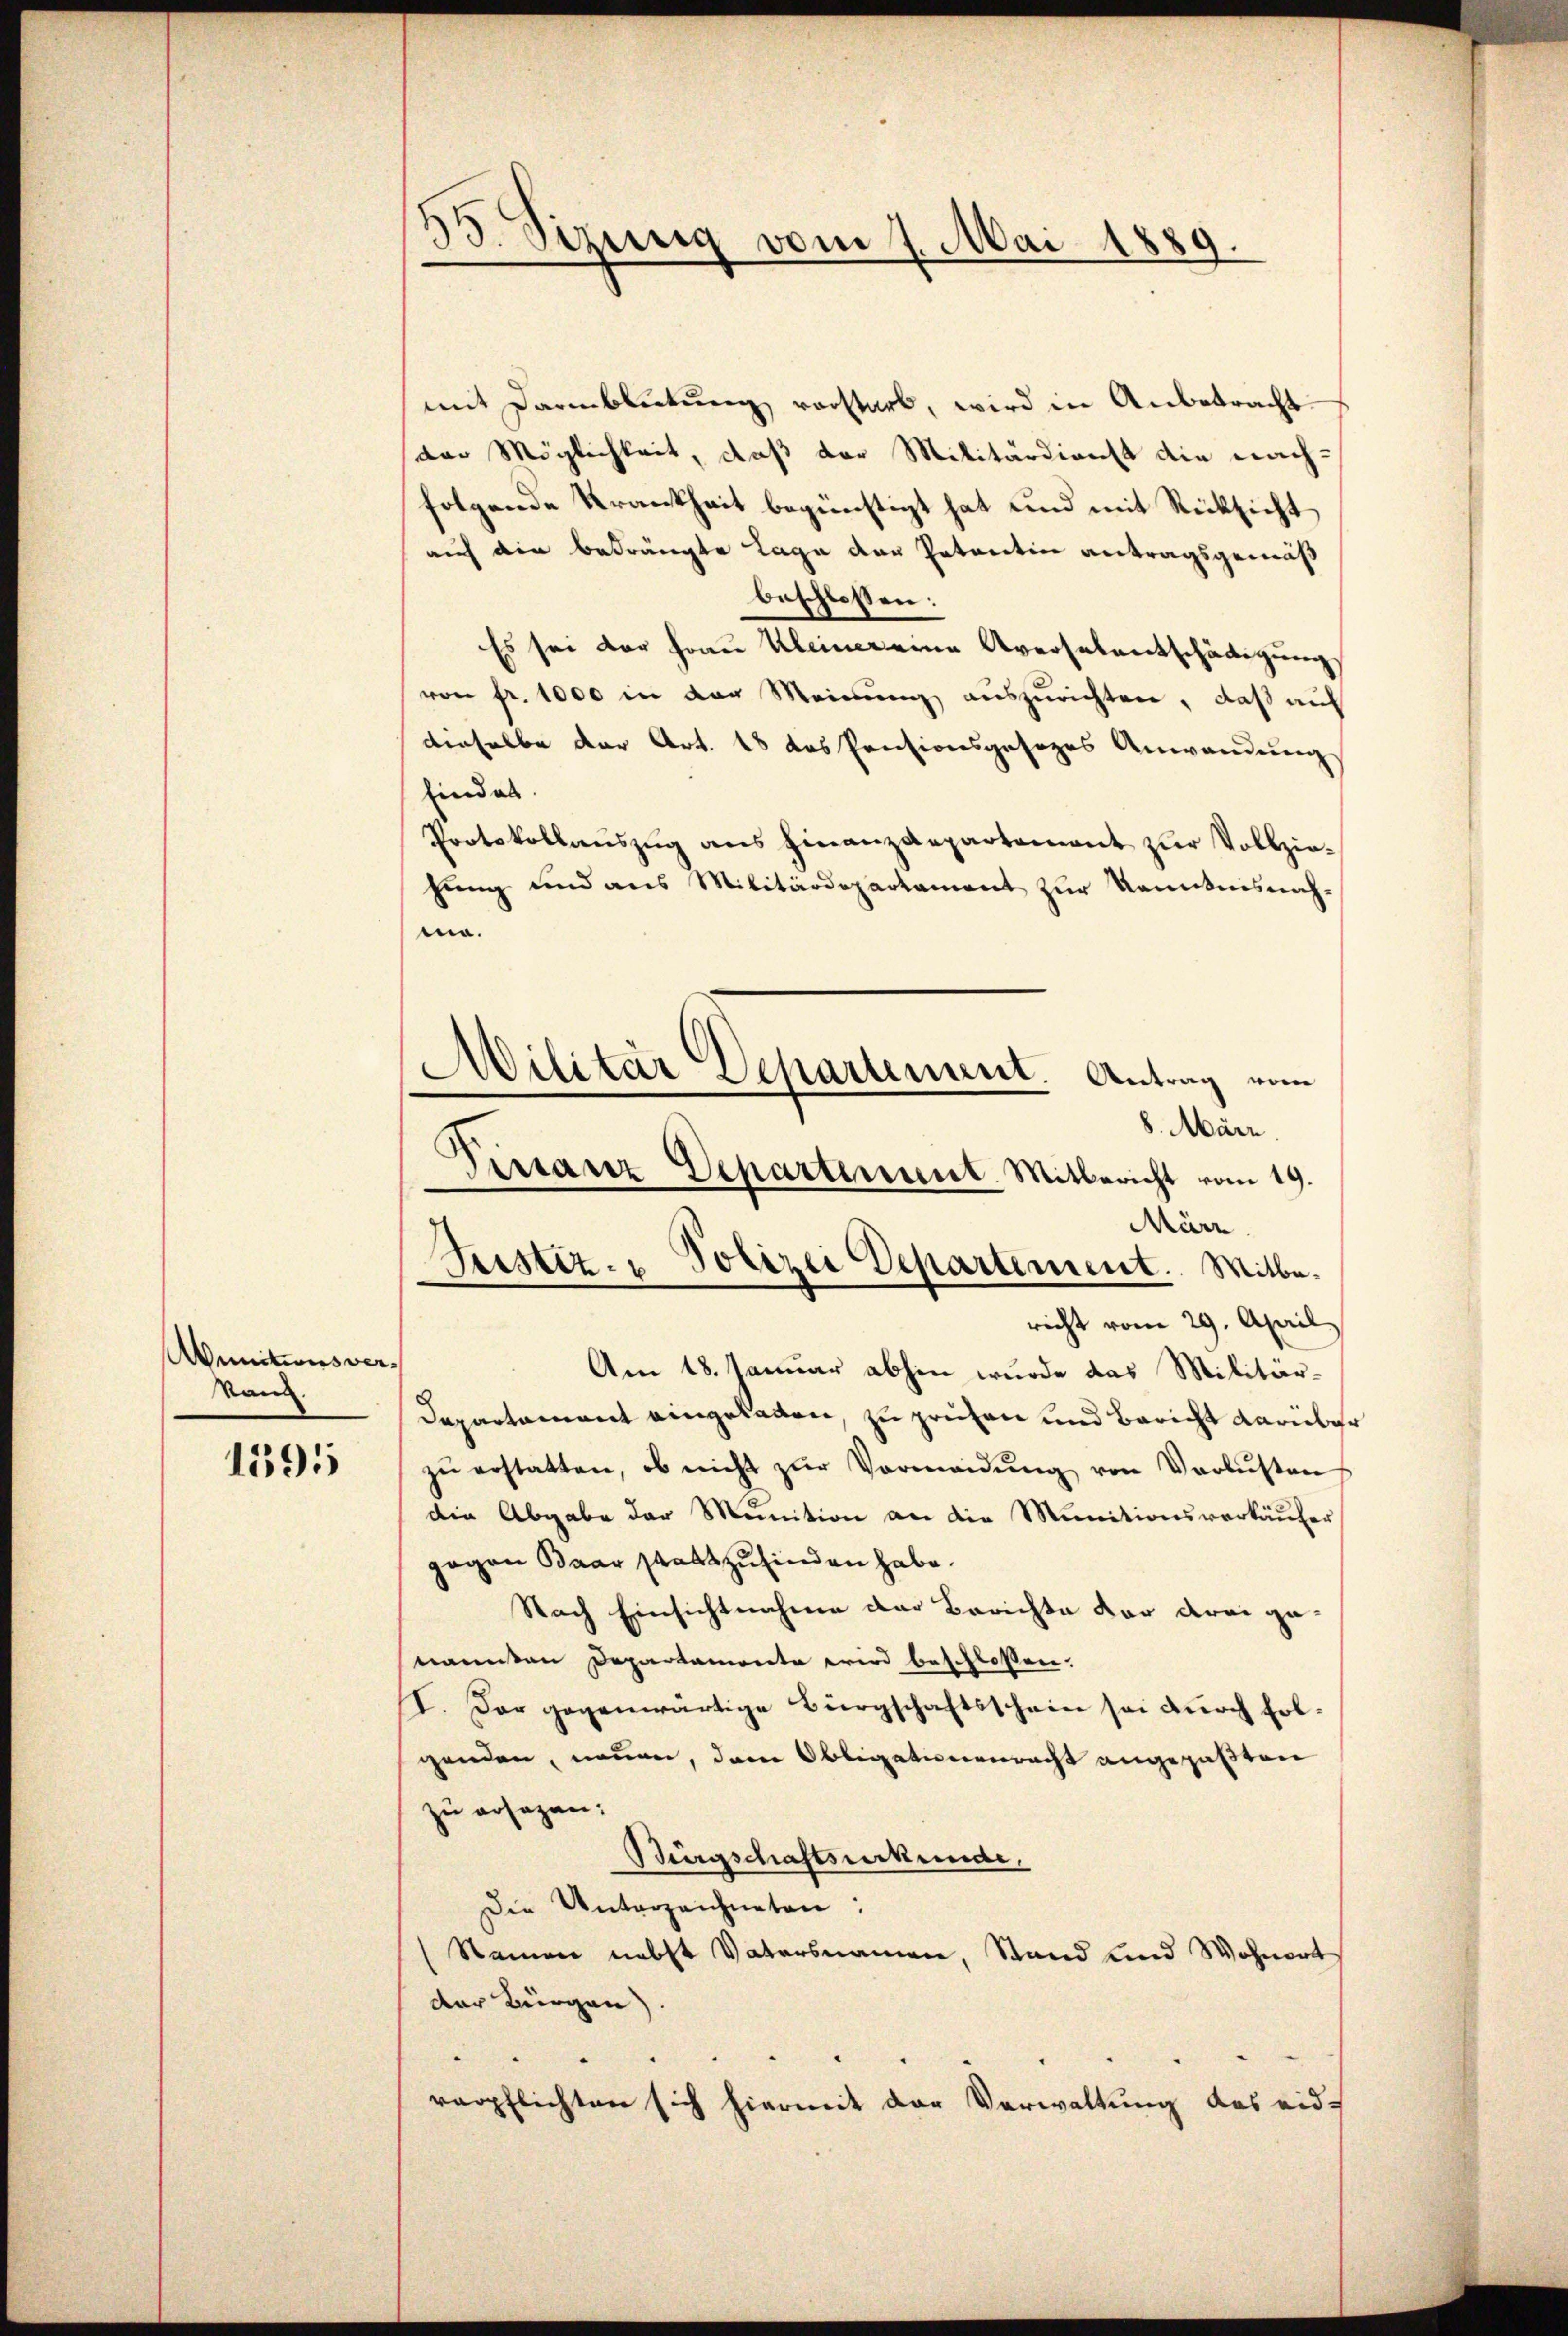
Aunitionsver
Mann.

1595

)
s
gung vom 7. Mai 1889.

mit Darmblickung vorstarb, wird in Anbetracht
der Möglichkeit, daß der Militärdienst die nachfolgende Krankheit begünstigt hat und mit Rücksicht
auf die bedrängte Lage der Petentin antragsgemäß
beschlossen:
Es sei der Frau Kleinereine Aversalentschädigung.
von fr. 1000 in der Meinung auszurichten, daß auf
denselbe der Art. 18 das Pensionsgesezes Anwendung
findet.
Protokollauszug aus Finanzdepartement zur Vollziehung und aus Militärdepartament zur Kenntnisnahma.
Am 18. Januar abhin wurde das Militär-
Departement eingeladen, zu prüfen und Bericht darüber
zŭ erstatten, ob nicht zŭr Vormendŭng von Verlustens
die Abgabe der Meinition an die Munitionsverkäufer
gegen Baar stattzufinden habe.
Nach Einsichtnahme der Berichte vor drei genannten Departamente wird beschloßen:
I. Der gegenwärtige Bürgschaftsschein sei durch Folgenden, neuen, dem Obligationenrecht angepaßten
zu ersagen:
Birgschaftsurkunde.
Die Unterzeichneten:
Namen nebst Vatersnamen, Stand und Wohnort
der Bürgen)
verpflichten sich hiermit der Verwaltung des eid¬

Militär Dchartement. Antrag vom
8. März
Testanz Departiment. Mitbericht vom 19.
März.
Justiz- u Polizei Departement. Mitbericht vom 29. April